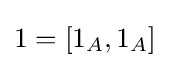
1=[1_{A},1_{A}]